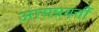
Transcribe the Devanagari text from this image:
आसन्नवर्त्ती